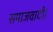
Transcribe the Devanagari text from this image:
समाजवादी।